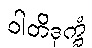
ဝါတိဒုက္ခံ